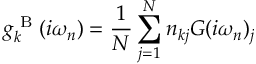
g _ { k } ^ { \textrm { B } } ( i \omega _ { n } ) = \frac { 1 } { N } \sum _ { j = 1 } ^ { N } n _ { k j } G ( i \omega _ { n } ) _ { j }